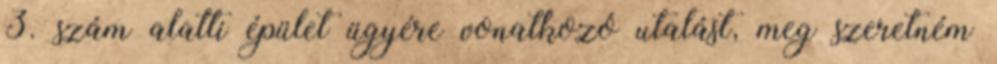
3. szám alatti épület ügyére vonatkozó utalást, meg szeretném